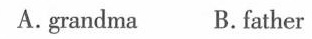
A.grandma B.father